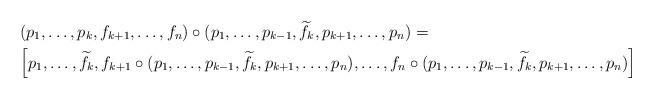
LaTeX: \begin{align*}&(p_{1},\ldots,p_{k},f_{k+1},\ldots,f_{n})\circ (p_{1},\ldots,p_{k-1},\widetilde{f}_{k},p_{k+1},\ldots,p_{n})=\\&\Big[p_{1},\ldots,\widetilde{f}_{k},f_{k+1}\circ (p_{1},\ldots,p_{k-1},\widetilde{f}_{k},p_{k+1},\ldots,p_{n}),\ldots,f_{n}\circ (p_{1},\ldots,p_{k-1},\widetilde{f}_{k},p_{k+1},\ldots,p_{n})\Big]\\\end{align*}